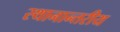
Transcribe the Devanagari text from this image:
स्थानान्तरीय